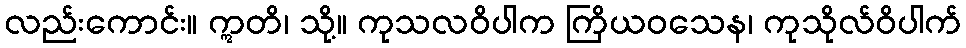
လည်းကောင်း။ ဣတိ၊ သို့။ ကုသလဝိပါက ကြိယဝသေန၊ ကုသိုလ်ဝိပါက်